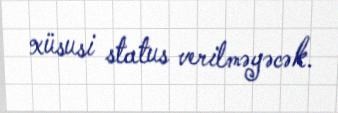
xüsusi status verilməyəcək.